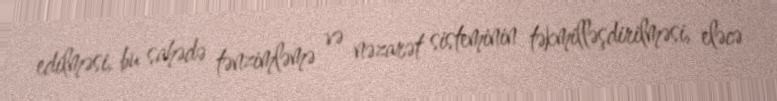
edilməsi, bu sahədə tənzimləmə və nəzarət sisteminin təkmilləşdirilməsi, eləcə